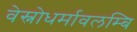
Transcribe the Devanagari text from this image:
वेस्नोधर्मावलम्बि